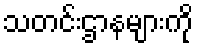
သတင်းဌာနများကို